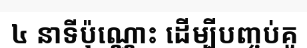
៤ នាទីប៉ុណ្ណោះ ដើម្បីបញ្ចប់គូ